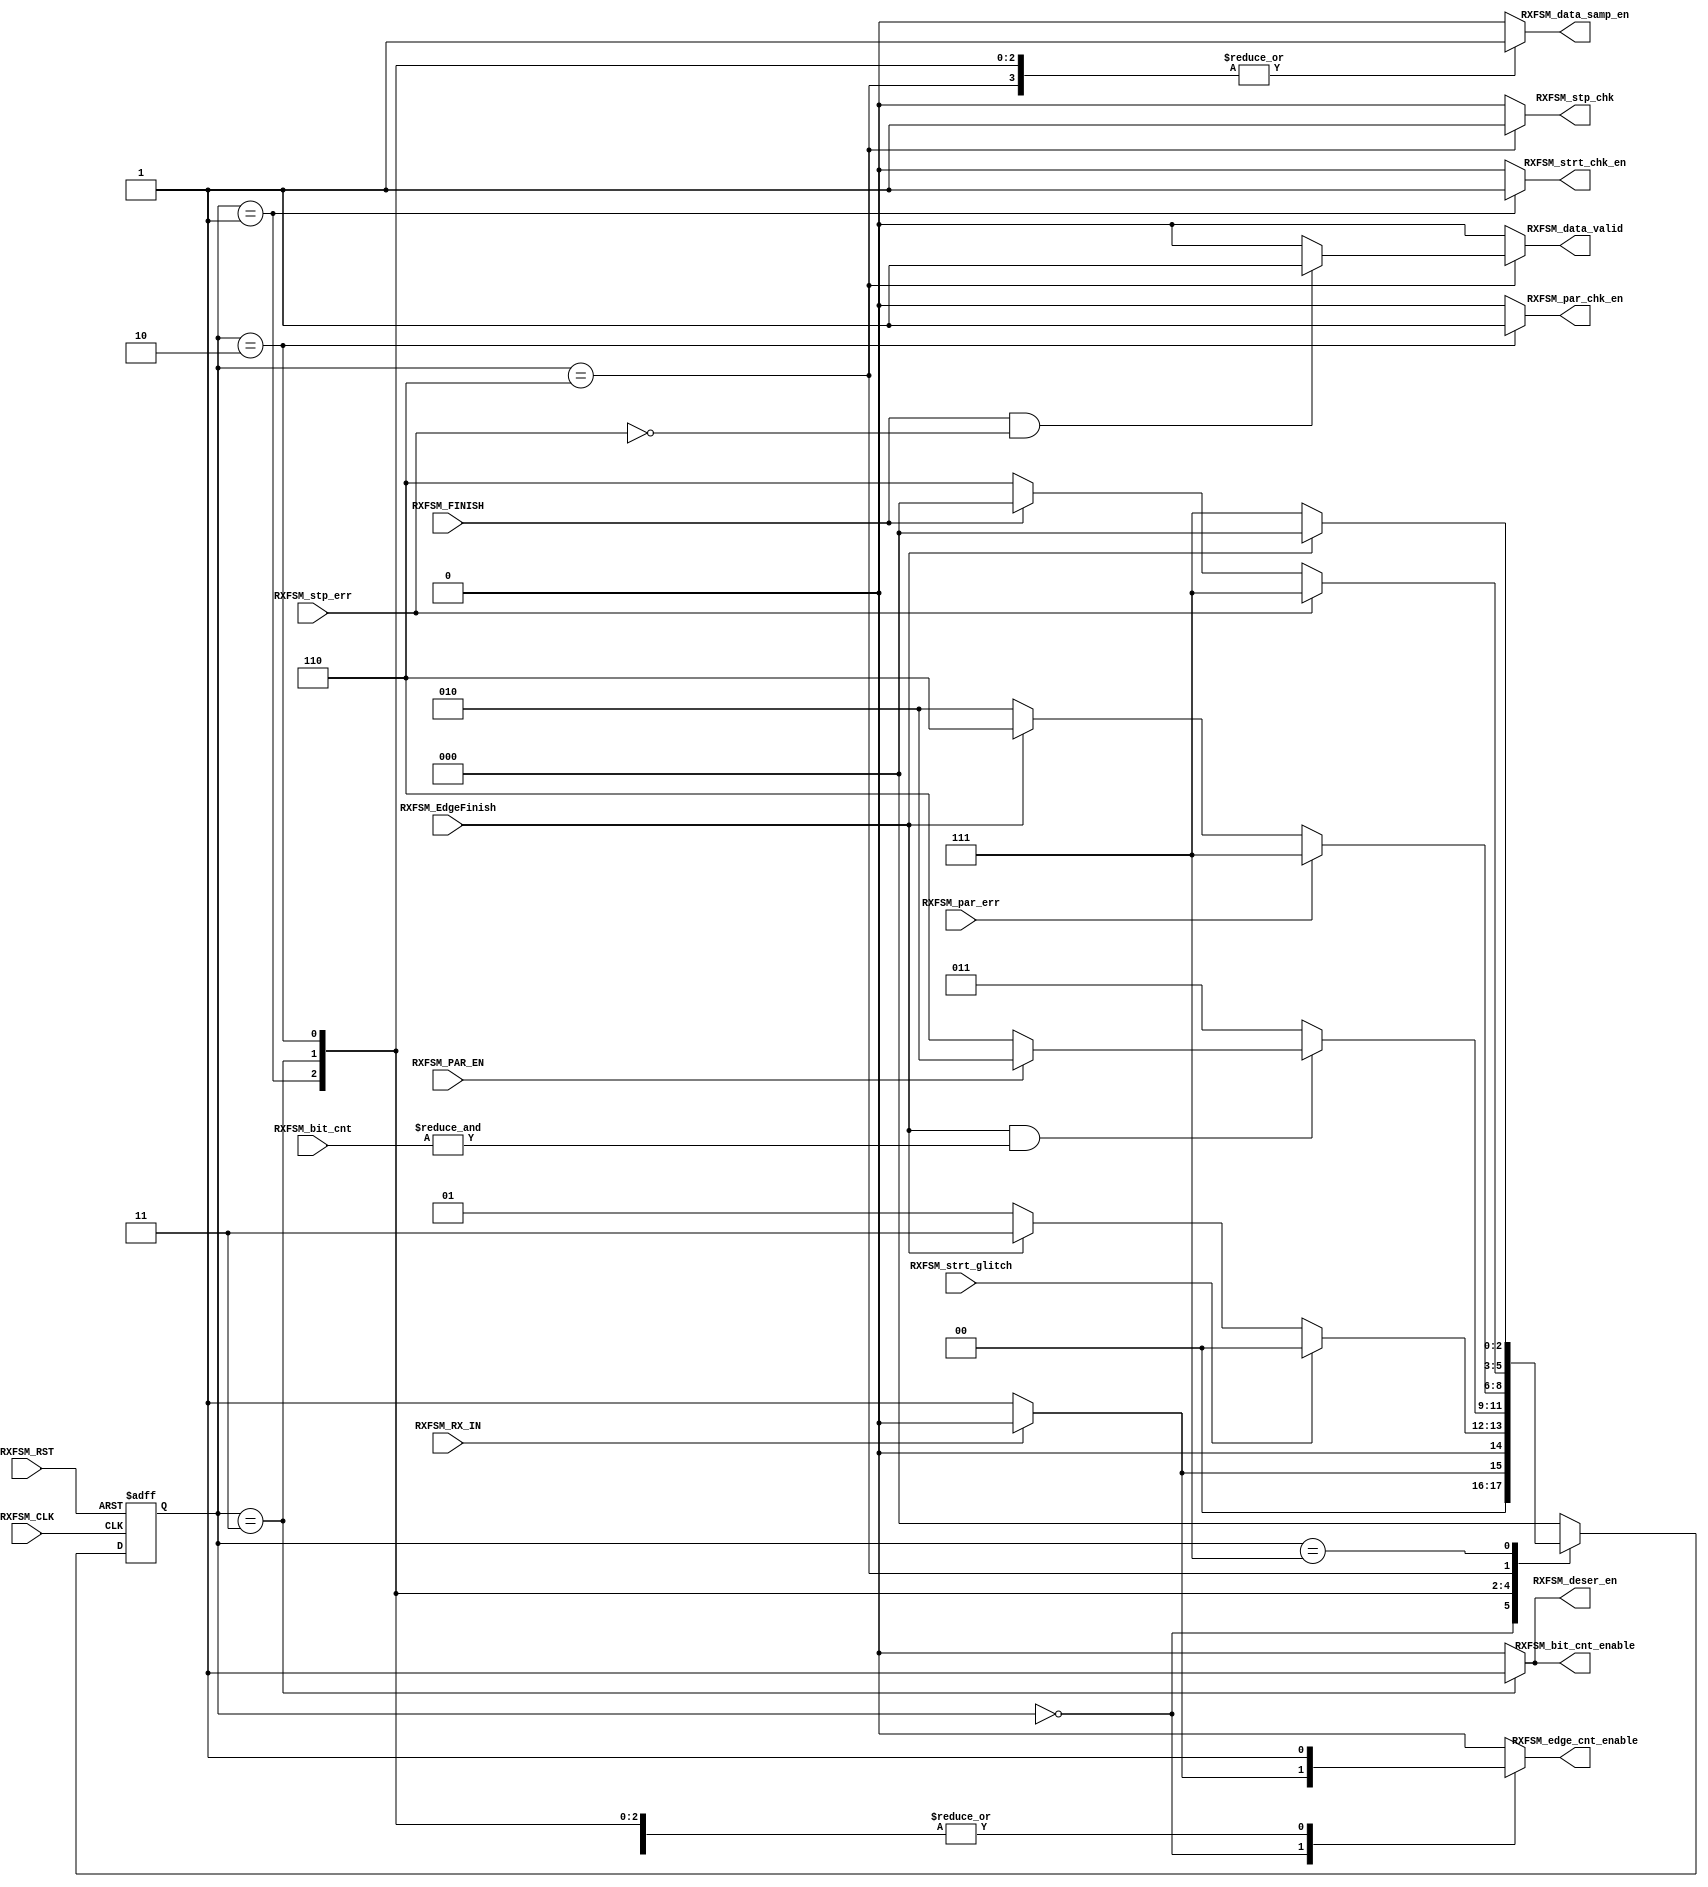
// TYPE: module
// DEPARTMENT: communication and electronics department
// AUTHOR EMAIL: mina.hannaone@gmail.com
//------------------------------------------------
// Release history
// VERSION DATE AUTHOR DESCRIPTION
// 1.0 20/7/2022 Mina Hanna final version
//------------------------------------------------
// KEYWORDS: UART RX controller, finite state machine, mealy state machine
//------------------------------------------------
// PURPOSE:   finite state machine act as controller for uart RX\
module RXFSM (
  input    wire    [2:0]    RXFSM_bit_cnt,
  input    wire             RXFSM_RX_IN,
  input    wire             RXFSM_par_err,
  input    wire             RXFSM_strt_glitch,
  input    wire             RXFSM_stp_err,
  input    wire             RXFSM_PAR_EN,
  input    wire             RXFSM_FINISH,
  input    wire             RXFSM_EdgeFinish,
  input    wire             RXFSM_CLK,
  input    wire             RXFSM_RST,
  output   reg              RXFSM_data_samp_en,
  output   reg              RXFSM_deser_en,
  output   reg              RXFSM_edge_cnt_enable,
  output   reg              RXFSM_bit_cnt_enable,
  output   reg              RXFSM_data_valid,
  output   reg              RXFSM_par_chk_en,
  output   reg              RXFSM_strt_chk_en,
  output   reg              RXFSM_stp_chk);
  
  /////////defining the states , gray encoding is used////////
  
  reg      [2:0]     Current_State;
  reg      [2:0]     Next_State;
  
  localparam IDLE       = 3'b000,
  Transmission_Start    = 3'b001,
  Transmission_Data     = 3'b011,
  Transmission_Parity   = 3'b010,
  Transmission_Stop     = 3'b110,
  Transmission_err      = 3'b111;
  
  /////////////////////state transition///////////////////
  always@(posedge RXFSM_CLK or negedge RXFSM_RST)
  begin
    if(!RXFSM_RST)
      Current_State <= IDLE ;
    else
      Current_State <= Next_State ;
  end
  //////////////////next state logic///////////////////
  always@(*)
  begin
    case(Current_State)
      IDLE                   : begin
                                if(~(RXFSM_RX_IN))
                                  begin
                                    Next_State = Transmission_Start;
                                  end
                                else
                                  begin
                                    Next_State = IDLE;
                                  end
                               end
      Transmission_Start    :  begin
                                if((RXFSM_strt_glitch))
                                  begin
                                    Next_State = IDLE;
                                  end
                                else if(RXFSM_EdgeFinish)
                                  begin
                                    Next_State = Transmission_Data;
                                  end
                                else
                                  begin
                                    Next_State = Transmission_Start;
                                  end
                               end
      Transmission_Data     :  begin
                                if(RXFSM_EdgeFinish & (&RXFSM_bit_cnt))
                                  begin
                                    if(RXFSM_PAR_EN)
                                      begin
                                        Next_State = Transmission_Parity;
                                      end
                                    else
                                      begin
                                        Next_State = Transmission_Stop;
                                      end
                                  end
                                else
                                  begin
                                    Next_State = Transmission_Data;
                                  end
                               end
      Transmission_Parity   :  begin
                                if(RXFSM_par_err)
                                  begin
                                    Next_State = Transmission_err;
                                  end
                                else if(RXFSM_EdgeFinish)
                                  begin
                                    Next_State = Transmission_Stop;
                                  end
                                else
                                  begin
                                    Next_State = Transmission_Parity;
                                  end
                               end
      Transmission_Stop     :  begin
                                if(RXFSM_stp_err)
                                  begin
                                    Next_State = Transmission_err;
                                  end
                                else if(RXFSM_FINISH)
                                  begin
                                    Next_State = IDLE;
                                  end
                                else
                                  begin
                                    Next_State = Transmission_Stop;
                                  end
                               end
      Transmission_err      : begin
                               if(RXFSM_EdgeFinish)
                                  begin
                                    Next_State = IDLE;
                                  end
                                else
                                  begin
                                    Next_State = Transmission_err;
                                  end
                              end
      default               :  begin
                                Next_State = IDLE;
                               end
    endcase
  end
  
  ////////////////////output logic////////////////////
  always@(*)
  begin
    case(Current_State)
      IDLE                   : begin
                                RXFSM_data_samp_en = 1'b0;
                                RXFSM_deser_en = 1'b0;
                                
                                RXFSM_bit_cnt_enable = 1'b0;
                                RXFSM_data_valid = 1'b0;
                                RXFSM_par_chk_en = 1'b0;
                                if(~(RXFSM_RX_IN))
                                  begin
                                   RXFSM_edge_cnt_enable = 1'b1;
                                  end
                                else
                                  begin
                                   RXFSM_edge_cnt_enable = 1'b0;
                                  end
                                RXFSM_strt_chk_en = 1'b0;
                                RXFSM_stp_chk = 1'b0; 
                               end
      Transmission_Start    :  begin
                                RXFSM_data_samp_en = 1'b1;
                                RXFSM_deser_en = 1'b0;
                                RXFSM_edge_cnt_enable = 1'b1;
                                RXFSM_bit_cnt_enable = 1'b0;
                                RXFSM_data_valid = 1'b0;
                                RXFSM_par_chk_en = 1'b0;
                                RXFSM_strt_chk_en = 1'b1;
                                RXFSM_stp_chk = 1'b0;                                
                               end
      Transmission_Data     :  begin
                                RXFSM_data_samp_en = 1'b1;
                                RXFSM_deser_en = 1'b1;
                                RXFSM_edge_cnt_enable = 1'b1;
                                RXFSM_bit_cnt_enable = 1'b1;
                                RXFSM_data_valid = 1'b0;
                                RXFSM_par_chk_en = 1'b0;
                                RXFSM_strt_chk_en = 1'b0;
                                RXFSM_stp_chk = 1'b0;                                 
                               end
      Transmission_Parity   :  begin
                                RXFSM_data_samp_en = 1'b1;
                                RXFSM_deser_en = 1'b0;
                                RXFSM_edge_cnt_enable = 1'b1;
                                RXFSM_bit_cnt_enable = 1'b0;
                                RXFSM_data_valid = 1'b0;
                                RXFSM_par_chk_en = 1'b1;
                                RXFSM_strt_chk_en = 1'b0;
                                RXFSM_stp_chk = 1'b0;   
                               end
      Transmission_Stop     :  begin
                                RXFSM_data_samp_en = 1'b1;
                                RXFSM_deser_en = 1'b0;
                                RXFSM_edge_cnt_enable = 1'b1;
                                RXFSM_bit_cnt_enable = 1'b0;
                                RXFSM_par_chk_en = 1'b0;
                                RXFSM_strt_chk_en = 1'b0;
                                RXFSM_stp_chk = 1'b1;
                                if(RXFSM_FINISH & ~(RXFSM_stp_err))
                                  begin
                                    RXFSM_data_valid = 1'b1;
                                  end
                                else
                                  begin
                                    RXFSM_data_valid = 1'b0;
                                  end
                               end
      Transmission_err      :  begin
                                RXFSM_data_samp_en = 1'b0;
                                RXFSM_deser_en = 1'b0;
                                RXFSM_edge_cnt_enable = 1'b1;
                                RXFSM_bit_cnt_enable = 1'b0;
                                RXFSM_data_valid = 1'b0;
                                RXFSM_par_chk_en = 1'b0;
                                RXFSM_strt_chk_en = 1'b0;
                                RXFSM_stp_chk = 1'b0;   
                               end
      default               :  begin
                                RXFSM_data_samp_en = 1'b0;
                                RXFSM_deser_en = 1'b0;
                                RXFSM_edge_cnt_enable = 1'b0;
                                RXFSM_bit_cnt_enable = 1'b0;
                                RXFSM_data_valid = 1'b0;
                                RXFSM_par_chk_en = 1'b0;
                                RXFSM_strt_chk_en = 1'b0;
                                RXFSM_stp_chk = 1'b0; 
                               end
    endcase
  end
  
endmodule